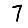
Digit: 7